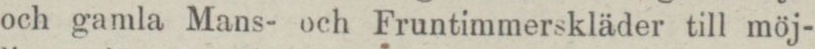
och gamla Mans- och Fruntimmerskläder till möj-